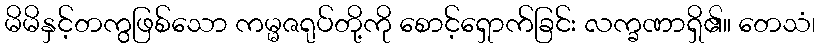
မိမိနှင့်တကွဖြစ်သော ကမ္မဇရုပ်တို့ကို စောင့်ရှောက်ခြင်း လက္ခဏာရှိ၏။ တေသံ၊